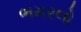
ભમરલો